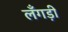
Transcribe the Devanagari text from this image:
लँगड़ी